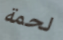
لحمة